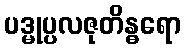
ပဒ္မုပ္ပလဇုတိန္ဓရော